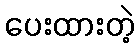
ပေးထားတဲ့